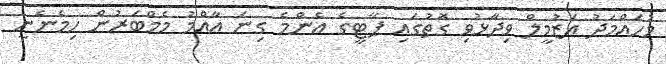
މުހައްމަދު އަޒުމީލް ވިދާޅުވި ގޮތުގައި ޕާޓީގެ އެންމެ ގިނަ އާއްމު މެމްބަރުން ހިމެނެނީ